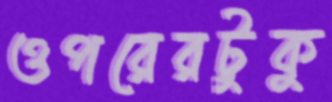
ওপরেরটুকু